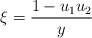
\begin{align*}\xi=\frac{1-u_1u_2}{y}\end{align*}